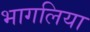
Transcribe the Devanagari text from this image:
भागलिया